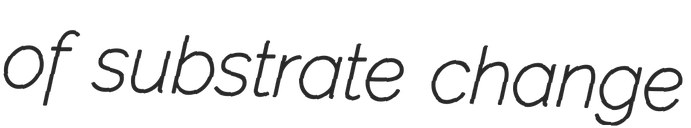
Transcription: of substrate change